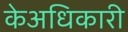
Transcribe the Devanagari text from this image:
केअधिकारी